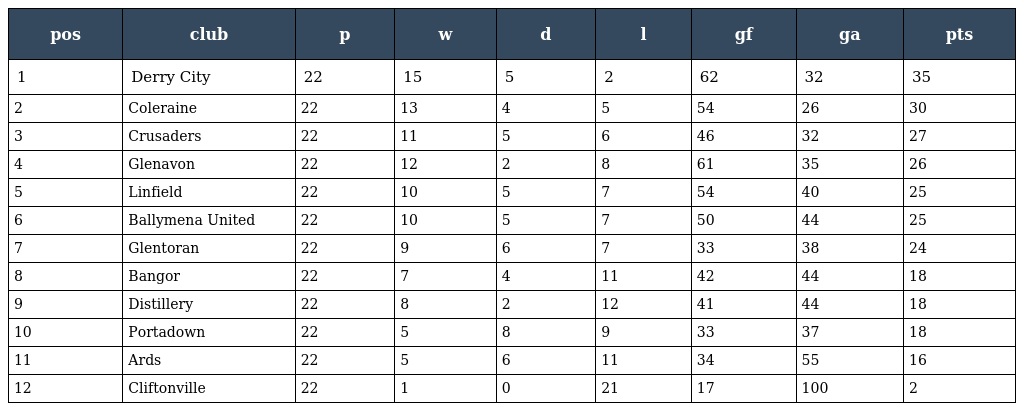
| pos | club | p | w | d | l | gf | ga | pts |
 | --- | --- | --- | --- | --- | --- | --- | --- | --- |
 | 1 | Derry City | 22 | 15 | 5 | 2 | 62 | 32 | 35 |
 | 2 | Coleraine | 22 | 13 | 4 | 5 | 54 | 26 | 30 |
 | 3 | Crusaders | 22 | 11 | 5 | 6 | 46 | 32 | 27 |
 | 4 | Glenavon | 22 | 12 | 2 | 8 | 61 | 35 | 26 |
 | 5 | Linfield | 22 | 10 | 5 | 7 | 54 | 40 | 25 |
 | 6 | Ballymena United | 22 | 10 | 5 | 7 | 50 | 44 | 25 |
 | 7 | Glentoran | 22 | 9 | 6 | 7 | 33 | 38 | 24 |
 | 8 | Bangor | 22 | 7 | 4 | 11 | 42 | 44 | 18 |
 | 9 | Distillery | 22 | 8 | 2 | 12 | 41 | 44 | 18 |
 | 10 | Portadown | 22 | 5 | 8 | 9 | 33 | 37 | 18 |
 | 11 | Ards | 22 | 5 | 6 | 11 | 34 | 55 | 16 |
 | 12 | Cliftonville | 22 | 1 | 0 | 21 | 17 | 100 | 2 |